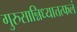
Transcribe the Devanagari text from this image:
गुरुसान्निध्यात्तत्फलं